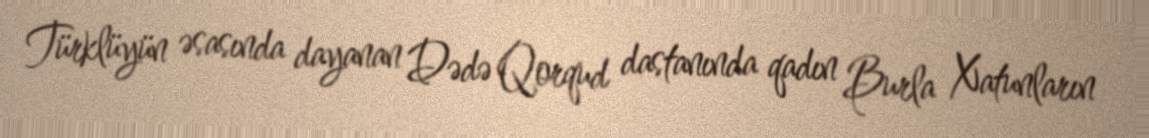
Türklüyün əsasında dayanan Dədə Qorqud dastanında qadın Burla Xatunların